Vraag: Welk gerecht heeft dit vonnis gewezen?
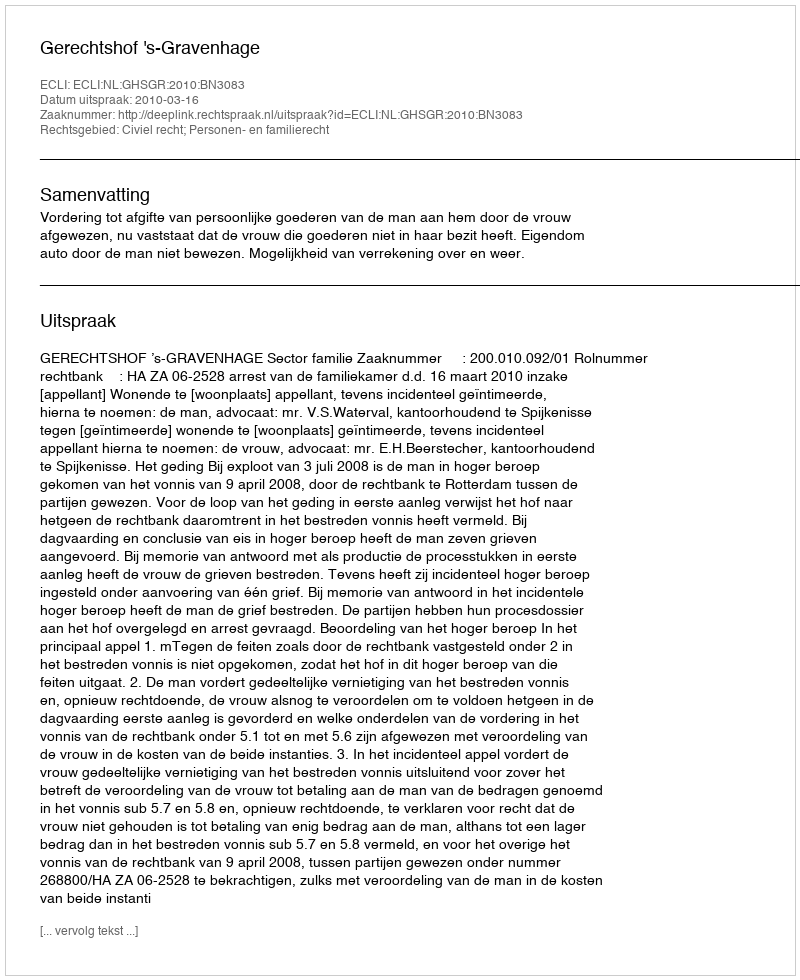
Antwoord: Gerechtshof 's-Gravenhage